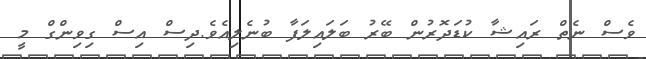
ވެސް ނެތް ރައިޝާ ކުޑަދޮރުން ބޭރު ބަލައިލަަފާ ބުނެލިއެވެ.ދިސް އިސް ގިވިންގް މީ